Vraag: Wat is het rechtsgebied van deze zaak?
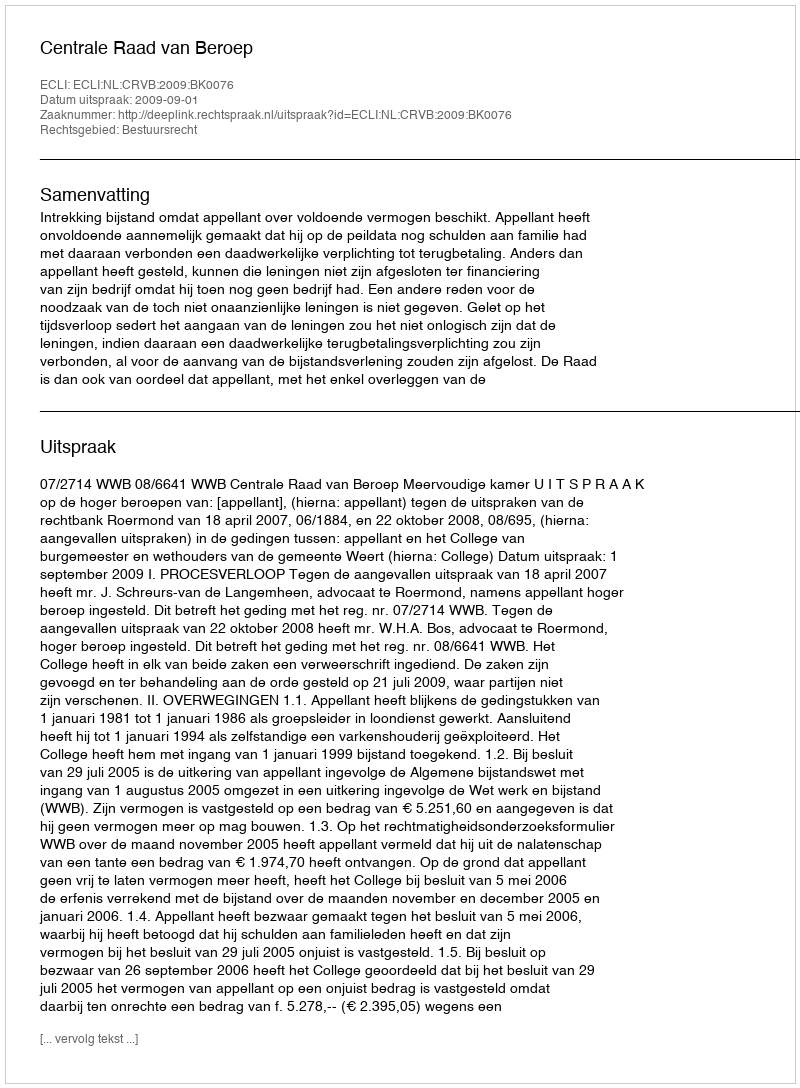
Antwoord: Bestuursrecht